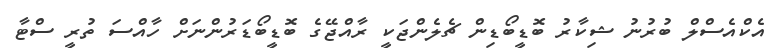
އެކްއެސްލް ބުރުނު ޝިކާރު ބޮޑީބޯޑިން ޗެލެންޖަކީ ރާއްޖޭގެ ބޮޑީބޯޑަރުންނަށް ހާއްސަ ތުރީ ސްޓާ